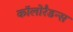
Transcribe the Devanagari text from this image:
कॉलोरैडन्स